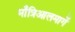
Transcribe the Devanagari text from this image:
माँत्रिआलमार्गे